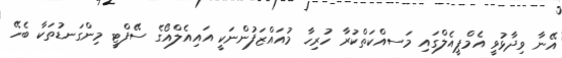
އޭނާ ވިދާޅުވީ އެމްޕީއެލްގައި މަަސއްކަތްކުރާ ހުރިހާ މުއައްޒަފުންނަކީ އައިއެލްއޯގެ ސޭފްޓީ މިންގަނޑުތަކާ ބެހޭ